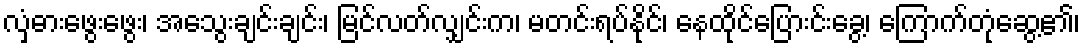
လှံဓားဖွေးဖွေး၊ အသွေးချင်းချင်း၊ မြင်လတ်လျှင်းက၊ မတင်းရပ်နိုင်၊ နေထိုင်ပြေားင်းခွေ့၊ ကြောက်တုံဆွေ့၏၊